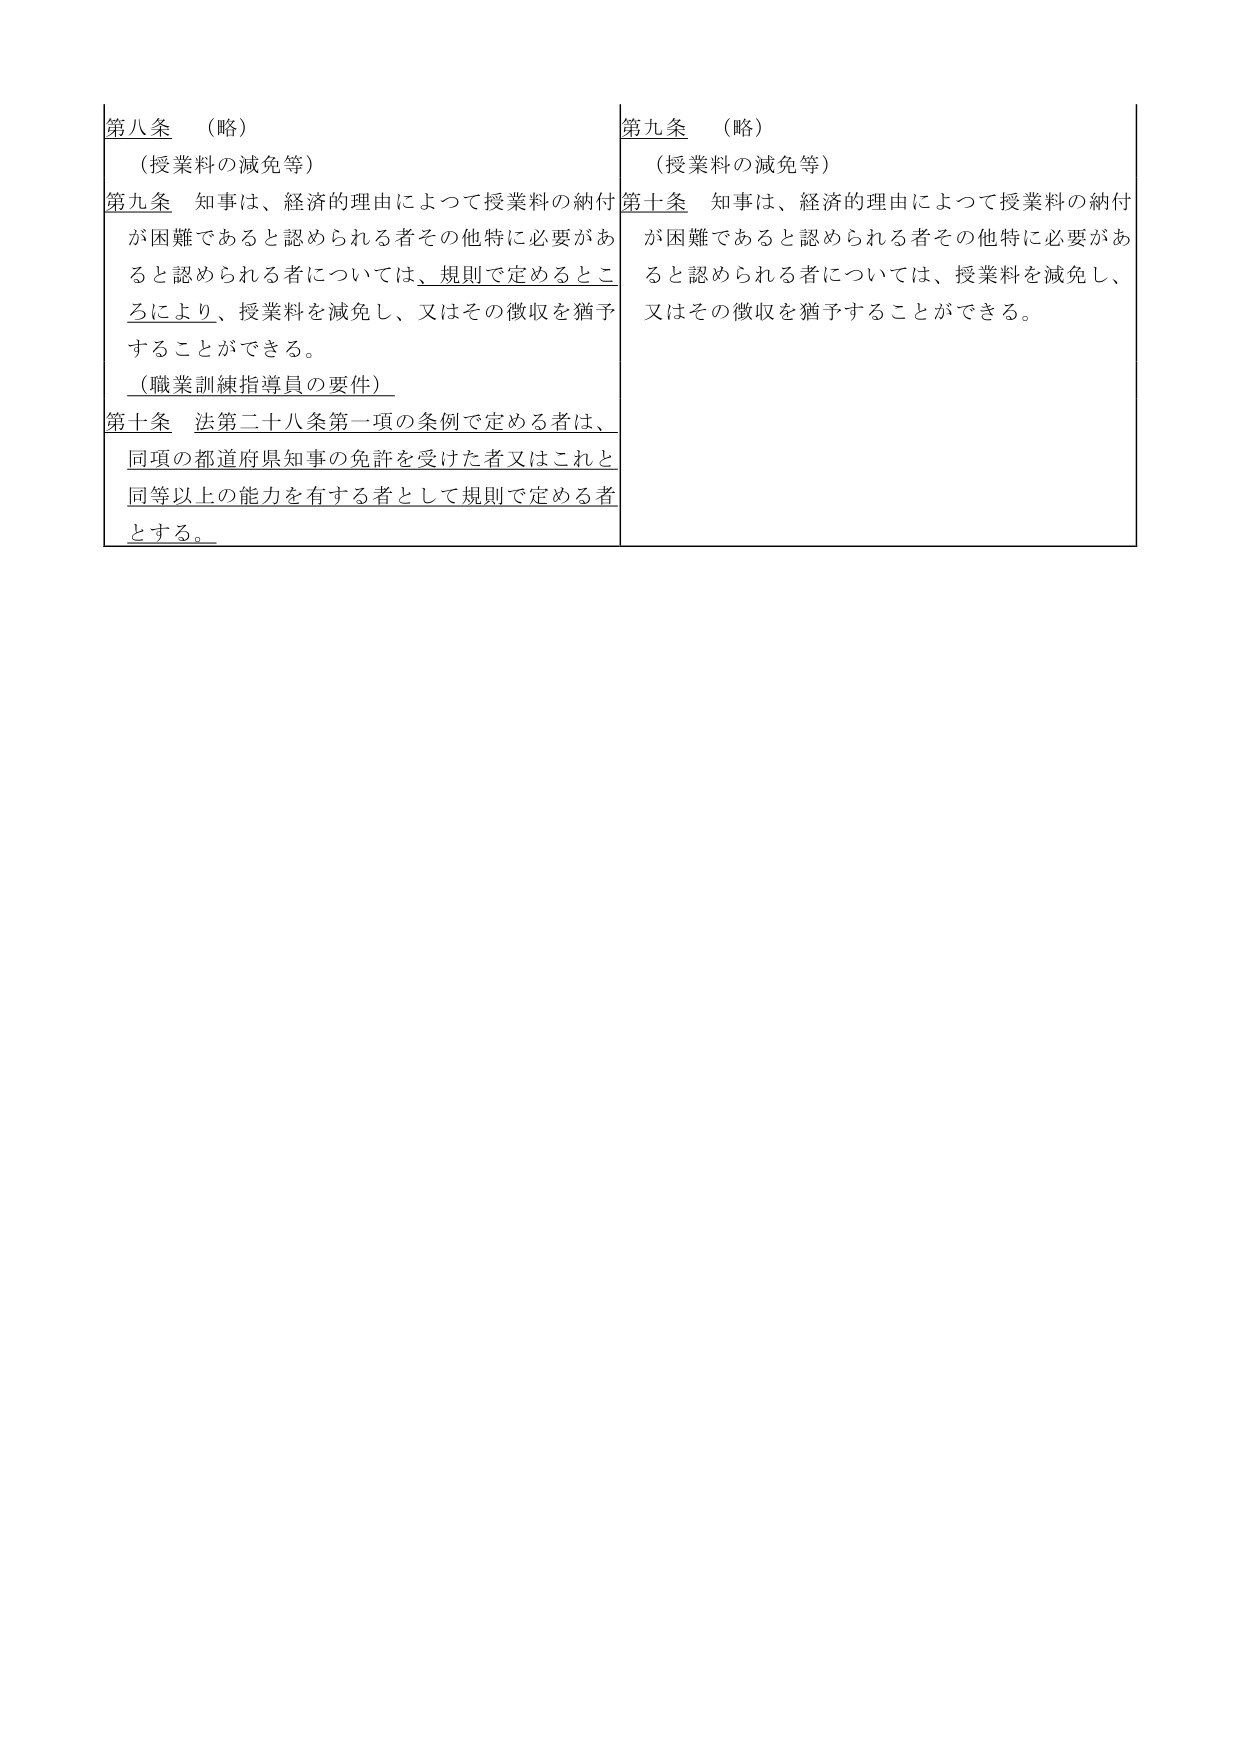
第八条 （略）
（授業料の減免等）
第九条 知事は、経済的理由によって授業料の納付が困難であると認められる者その他特に必要があると認められる者については、規則で定めるところにより、授業料を減免し、又はその徴収を猶予することができる。
（職業訓練指導員の要件）
第十条 法第二十八条第一項の条例で定める者は、同項の都道府県知事の免許を受けた者又はこれと同等以上の能力を有する者として規則で定める者とする。

第九条 （略）
（授業料の減免等）
第十条 知事は、経済的理由によって授業料の納付が困難であると認められる者その他特に必要があると認められる者については、授業料を減免し、又はその徴収を猶予することができる。